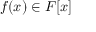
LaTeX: f ( x ) \in F [ x ]